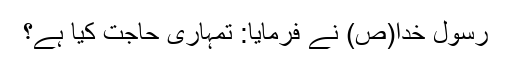
رسول خدا(ص) نے فرمایا: تمہاری حاجت کیا ہے؟